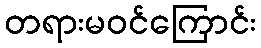
တရားမဝင်ကြောင်း